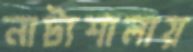
নাট্যশালায়